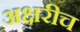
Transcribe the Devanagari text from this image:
अक्षरीच